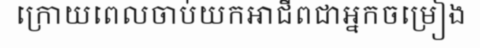
ក្រោយពេលចាប់យកអាជីពជាអ្នកចម្រៀង